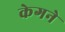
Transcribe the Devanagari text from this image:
केगने